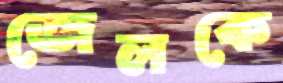
জেলকে